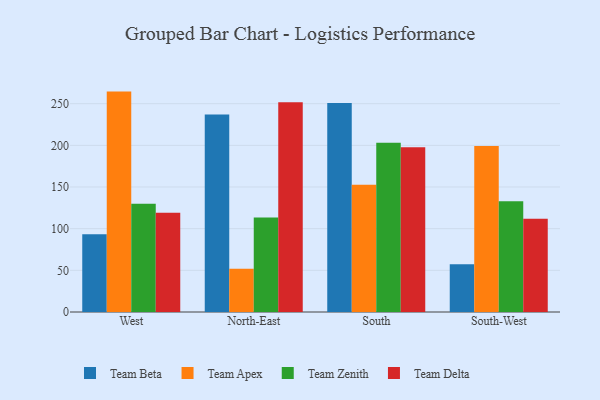
{"axis": {"x": "Region", "y": "Operating Costs (USD K)"}, "legend": ["Team Apex", "Team Beta", "Team Delta", "Team Zenith"], "data": [{"x": "West", "y": 93.3, "type": "Team Beta"}, {"x": "West", "y": 264.5, "type": "Team Apex"}, {"x": "West", "y": 129.8, "type": "Team Zenith"}, {"x": "West", "y": 119.0, "type": "Team Delta"}, {"x": "North-East", "y": 236.9, "type": "Team Beta"}, {"x": "North-East", "y": 51.9, "type": "Team Apex"}, {"x": "North-East", "y": 113.4, "type": "Team Zenith"}, {"x": "North-East", "y": 251.6, "type": "Team Delta"}, {"x": "South", "y": 250.7, "type": "Team Beta"}, {"x": "South", "y": 152.8, "type": "Team Apex"}, {"x": "South", "y": 203.0, "type": "Team Zenith"}, {"x": "South", "y": 197.6, "type": "Team Delta"}, {"x": "South-West", "y": 57.2, "type": "Team Beta"}, {"x": "South-West", "y": 199.3, "type": "Team Apex"}, {"x": "South-West", "y": 133.0, "type": "Team Zenith"}, {"x": "South-West", "y": 112.0, "type": "Team Delta"}]}